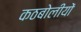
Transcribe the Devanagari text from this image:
कठबोलीयों